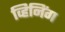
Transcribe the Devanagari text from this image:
व्हिनिंग